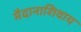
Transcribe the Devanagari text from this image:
मैदानाशिवाय